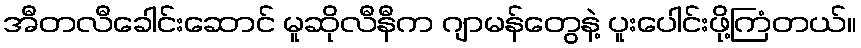
အီတလီခေါင်းဆောင် မူဆိုလီနီက ဂျာမန်တွေနဲ့ ပူးပေါင်းဖို့ကြံတယ်။